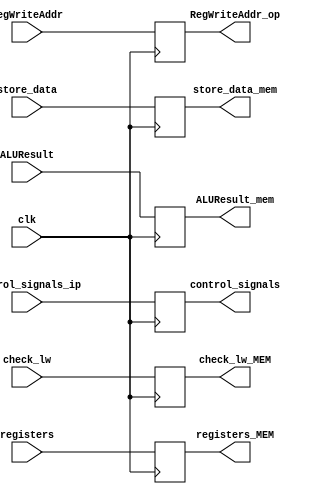
module EX_MEM(
    input [31:0] ALUResult,
    input [31:0] store_data,
    input [9:0] RegWriteAddr,
    input clk,
    input [4:0] control_signals_ip,
    input [14:0] registers,
    input [5:0] check_lw,
    output reg [31:0] ALUResult_mem,
    output reg [31:0] store_data_mem,
    output reg [9:0] RegWriteAddr_op,
    output reg [4:0] control_signals,
    output reg [14:0] registers_MEM,
    output reg [5:0] check_lw_MEM
);

always@(posedge clk) begin
    ALUResult_mem <= ALUResult;
    store_data_mem <= store_data;
    RegWriteAddr_op <= RegWriteAddr;
    control_signals <= control_signals_ip;
    registers_MEM <= registers;
    check_lw_MEM <= check_lw;
end

endmodule